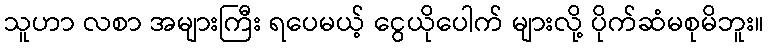
သူဟာ လစာ အများကြီး ရပေမယ့် ငွေယိုပေါက် များလို့ ပိုက်ဆံမစုမိဘူး။